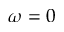
\omega = 0